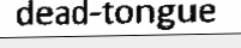
dead-tongue